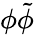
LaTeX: \phi\tilde{\phi}